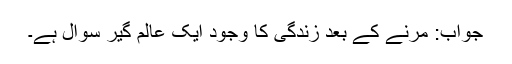
جواب: مرنے کے بعد زندگی کا وجود ایک عالم گیر سوال ہے۔